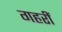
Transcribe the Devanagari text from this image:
गहरीं